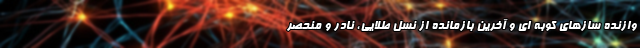
وازنده سازهای کوبه ای و آخرین بازمانده از نسل طلایی، نادر و منحصر